Manual of the Civil Veterinary Department, Central Provinces and Berar
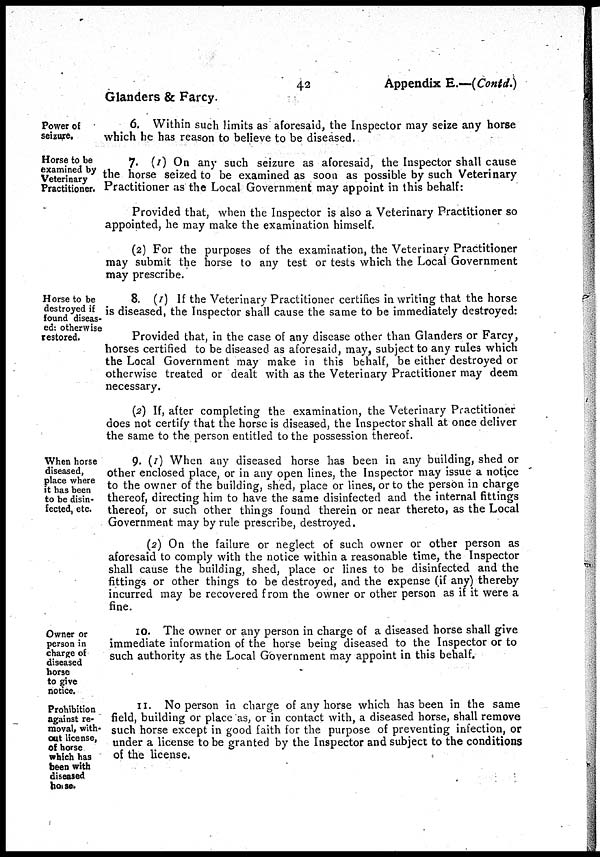
42
Appendix E.—(Contd.)
Glanders & Farcy.
Power of
seizure.
6. Within such limits as aforesaid, the Inspector may seize any horse
which he has reason to believe to be diseased.
Horse to be
examined by
Veterinary
Practitioner.
7. (1) On any such seizure as aforesaid, the Inspector shall cause
the horse seized to be examined as soon as possible by such Veterinary
Practitioner as the Local Government may appoint in this behalf:
Provided that, when the Inspector is also a Veterinary Practitioner so
appointed, he may make the examination himself.
(2) For the purposes of the examination, the Veterinary Practitioner
may submit the horse to any test or tests which the Local Government
may prescribe.
Horse to be
destroyed if
found diseas-
ed: otherwise
restored.
8. (1) If the Veterinary Practitioner certifies in writing that the horse
is diseased, the Inspector shall cause the same to be immediately destroyed:
Provided that, in the case of any disease other than Glanders or Farcy,
horses certified to be diseased as aforesaid, may, subject to any rules which
the Local Government may make in this behalf, be either destroyed or
otherwise treated or dealt with as the Veterinary Practitioner may deem
necessary.
(2) If, after completing the examination, the Veterinary Practitioner
does not certify that the horse is diseased, the Inspector shall at once deliver
the same to the person entitled to the possession thereof.
When horse
diseased,
place where
it has been
to be disin-
fected, etc.
9. (1) When any diseased horse has been in any building, shed or
other enclosed place, or in any open lines, the Inspector may issue a notice
to the owner of the building, shed, place or lines, or to the person in charge
thereof, directing him to have the same disinfected and the internal fittings
thereof, or such other things found therein or near thereto, as the Local
Government may by rule prescribe, destroyed.
(2) On the failure or neglect of such owner or other person as
aforesaid to comply with the notice within a reasonable time, the Inspector
shall cause the building, shed, place or lines to be disinfected and the
fittings or other things to be destroyed, and the expense (if any) thereby
incurred may be recovered from the owner or other person as if it were a
fine.
Owner or
person in
charge of
diseased
horse
to give
notice.
10. The owner or any person in charge of a diseased horse shall give
immediate information of the horse being diseased to the Inspector or to
such authority as the Local Government may appoint in this behalf.
Prohibition
against re-
moval, with-
out license,
of horse
which has
been with
diseased
horse.
11. No person in charge of any horse which has been in the same
field, building or place as, or in contact with, a diseased horse, shall remove
such horse except in good faith for the purpose of preventing infection, or
under a license to be granted by the Inspector and subject to the conditions
of the license.